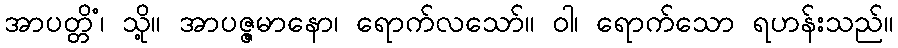
အာပတ္တိံ၊ သို့။ အာပဇ္ဇမာနော၊ ရောက်လသော်။ ဝါ၊ ရောက်သော ရဟန်းသည်။